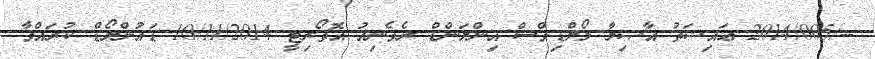
--/2014/005 ޢައިޝަތު އާޞިމާ މޯލްޑިވްސް އިންލަންޑް ރެވެނިއު އޮތޯރިޓީ 10/11/2014 ޑައުންލޯޑް ކުރައްވާ